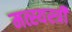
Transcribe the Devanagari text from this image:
मत्स्यस्त्री